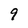
Character: 9